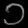
Digit: ၁